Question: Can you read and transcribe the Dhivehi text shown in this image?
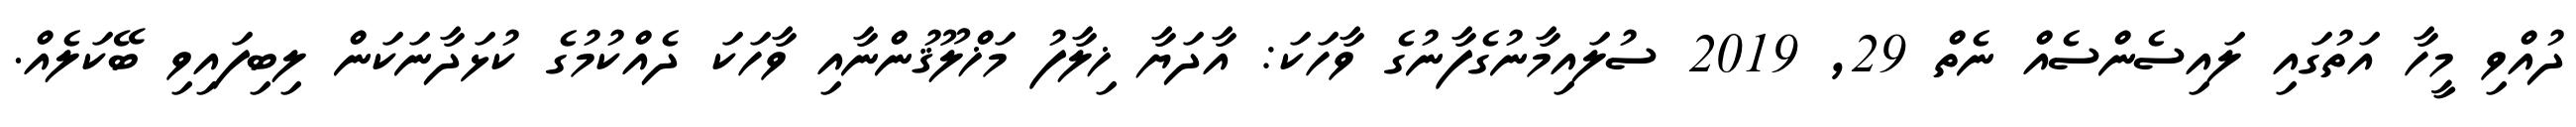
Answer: ދުއްވި މީހާ އަތުގައި ލައިސެންސެއް ނެތް 29, 2019 ސުލައިމާނުގެފާނުގެ ވާހަކަ: އާދަޔާ ޚިލާފު މަޚްލޫޤުންނާއި ވާހަކަ ދެއްކުމުގެ ކުޅަދާނަކަން ލިބިފައިވި ބޭކަލެއް.